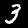
Digit: 3